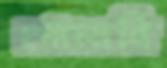
গোলাবি